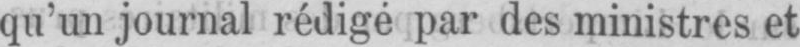
qu’un journal rédigé par des ministres et